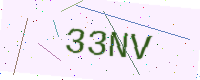
Text: 33NV